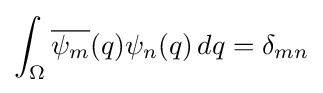
\int _{\Omega }{\overline {\psi _{m}}}(q)\psi _{n}(q)\,dq=\delta _{mn}